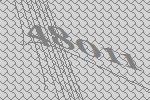
48011